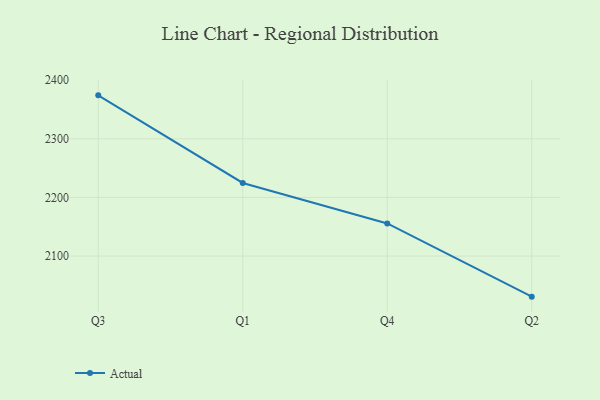
{"axis": {"x": "Quarter", "y": "Satisfaction Score"}, "legend": ["Actual"], "data": [{"x": "Q3", "y": 2374.1, "type": "Actual"}, {"x": "Q1", "y": 2224.7, "type": "Actual"}, {"x": "Q4", "y": 2155.6, "type": "Actual"}, {"x": "Q2", "y": 2030.8, "type": "Actual"}]}